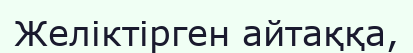
Желіктірген айтаққа,